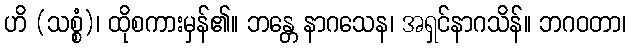
ဟိ (သစ္စံ)၊ ထိုစကားမှန်၏။ ဘန္တေ နာဂသေန၊ အရှင်နာဂသိန်။ ဘဂဝတာ၊